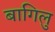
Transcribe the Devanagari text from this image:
बागिलु